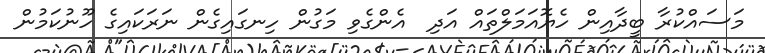
މަސައްކުރާ ބީދާއިން ހެޔޮއަމަލްތައް އަދި  އެންގެވި މަގުން ހިނގައިގެން ނަރަކައިގެ ހޫނުކަމުން